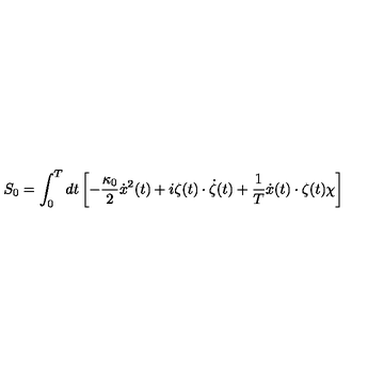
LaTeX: S _ { 0 } = \int _ { 0 } ^ { T } d t \left[ - \frac { \kappa _ { 0 } } { 2 } \dot { x } ^ { 2 } ( t ) + i \zeta ( t ) \cdot \dot { \zeta } ( t ) + \frac { 1 } { T } \dot { x } ( t ) \cdot \zeta ( t ) \chi \right]